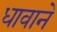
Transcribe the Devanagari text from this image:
धावाने